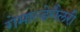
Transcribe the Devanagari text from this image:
गेमाल्डेगैलरी